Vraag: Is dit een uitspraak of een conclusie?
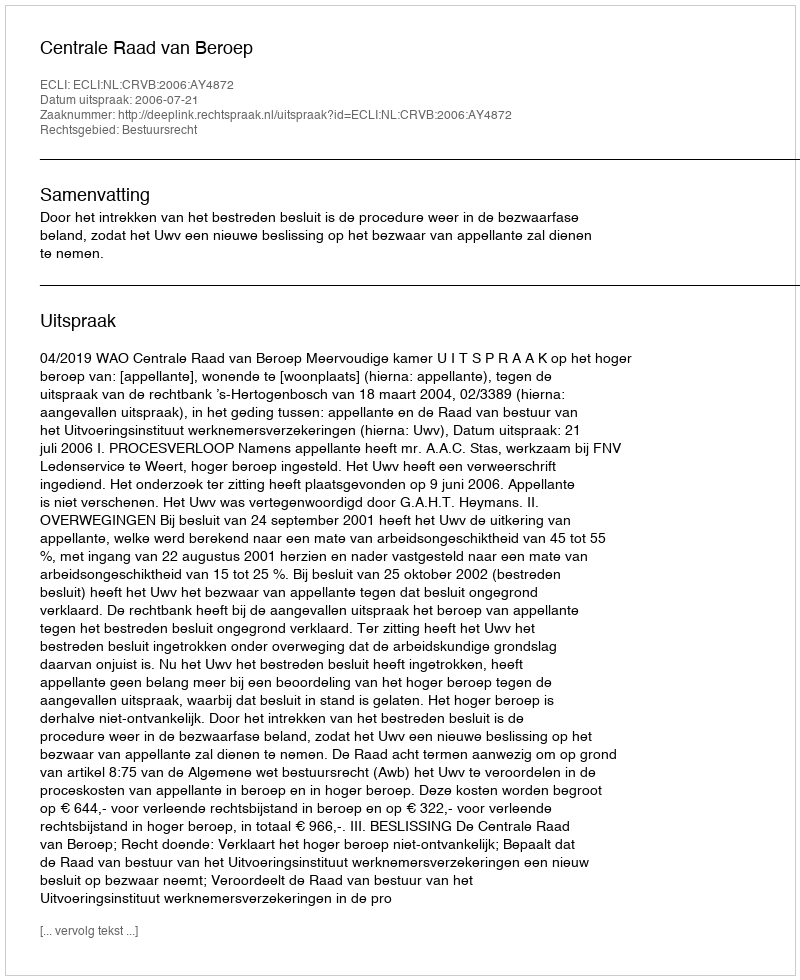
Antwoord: Uitspraak